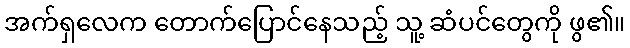
အက်ရှလေက တောက်ပြောင်နေသည့် သူ့ ဆံပင်တွေကို ဖွ၏။